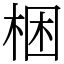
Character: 梱